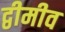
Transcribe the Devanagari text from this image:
द्वीमीव